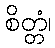
စိတ္တံ၊